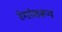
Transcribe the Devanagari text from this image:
रंगांवरून